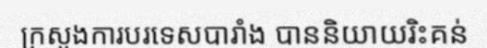
ក្រសួងការបរទេសបារាំង បាននិយាយរិះគន់